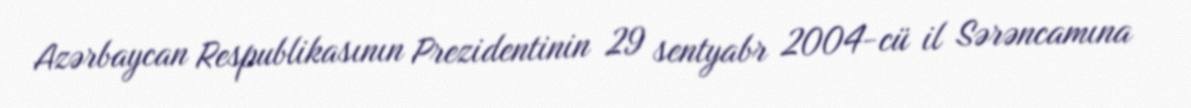
Azərbaycan Respublikasının Prezidentinin 29 sentyabr 2004-cü il Sərəncamına